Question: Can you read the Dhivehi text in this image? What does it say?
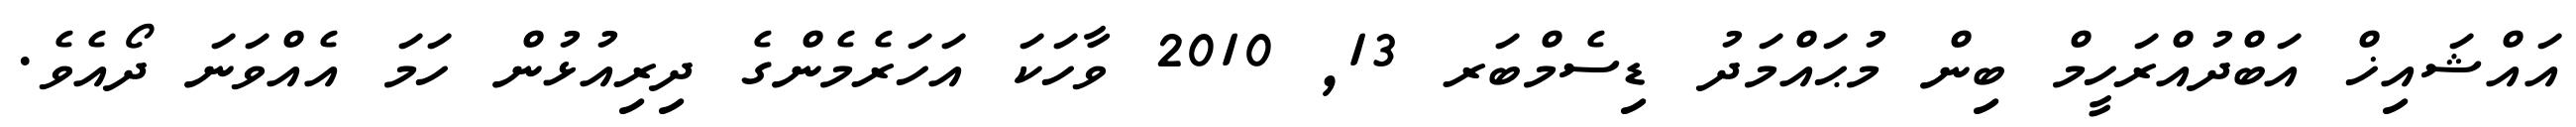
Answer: އައްޝައިޚް އަބްދުއްރަހީމް ބިން މުޙައްމަދު ޑިސެމްބަރ 13, 2010 ވާހަކަ އަހަރެމެންގެ ދިރިއުޅުން ހަމަ އެއްވަނަ ދޯއެވެ.